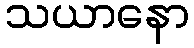
သယာနော